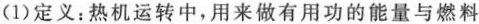
(1)定义：热机运转中，用来做有用功的能量与燃料